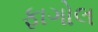
ફાગોલ